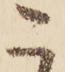
こ